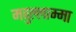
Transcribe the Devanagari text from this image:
मवुल्लाम्मा